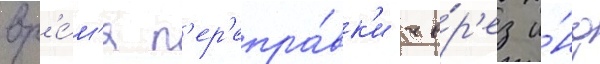
вр'е́м'я п'ер'епра́вк'и че́р'ез и́нд